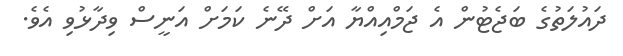
ދައުލަތުގެ ބަޖެޓުން އެ ޖަމްއިއްޔާ އަށް ދޭނެ ކަމަށް އަނީސް ވިދާޅުވި އެވެ.